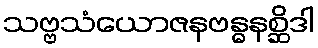
သဗ္ဗသံယောဇနဗန္ဓနစ္ဆိဒါ